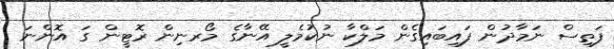
ފަތިސް ނަމާދުން ފައިބައިގެން މަލްކާ ނުކުމެލީ އޭނާގެ މޯރނިން ރޮޓީން ގަ އޮންނަ